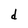
Character: d